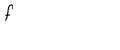
f